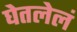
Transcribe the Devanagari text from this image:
घेतलेलं